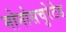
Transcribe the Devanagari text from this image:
मोनोसचुरेटेड